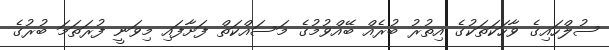
ސުލްހައިގެ ވާހަކަތަކުގެ އިތުރު ބުރެއް ބޭއްވުމުގެ މަސައްކަތް ފަށާފައި މިވަނީ ފުރަތަމަ ބުރުގެ